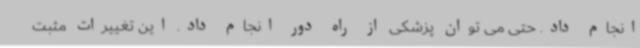
انجام داد. حتی می توان پزشکی از راه دور انجام داد. این تغییرات مثبت